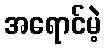
အရောင်မဲ့